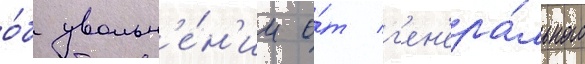
о́б увольн'е́н'ии о́т г'ен'ера́льного